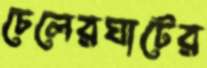
চেলেরঘাটের